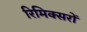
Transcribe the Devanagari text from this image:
रिमिक्सरों